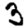
Digit: 3